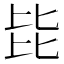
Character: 𣬅